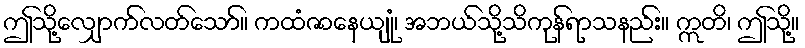
ဤသို့လျှောက်လတ်သော်။ ကထံဇာနေယျုံ၊ အဘယ်သို့သိကုန်ရာသနည်း။ ဣတိ၊ ဤသို့။